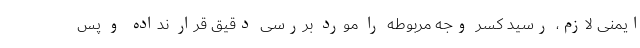
ایمنی لازم، رسید کسر وجه مربوطه را مورد بررسی دقیق قرار نداده و پس